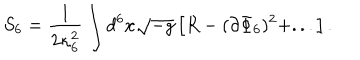
S _ { 6 } = \frac { 1 } { 2 \kappa _ { 6 } ^ { 2 } } \int d ^ { 6 } x \sqrt { - g } \left[ R - ( \partial \Phi _ { 6 } ) ^ { 2 } + . . . \right] .